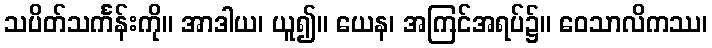
သပိတ်သင်္ကန်းကို။ အာဒါယ၊ ယူ၍။ ယေန၊ အကြင်အရပ်၌။ ဝေသာလိကဿ၊